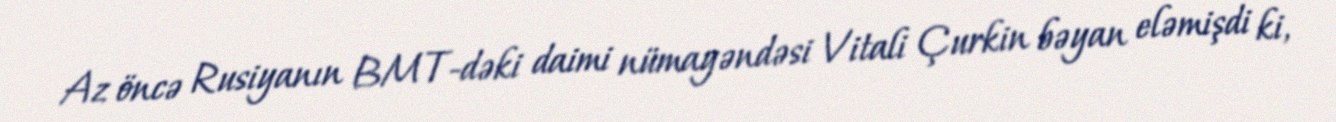
Az öncə Rusiyanın BMT-dəki daimi nümayəndəsi Vitali Çurkin bəyan eləmişdi ki,